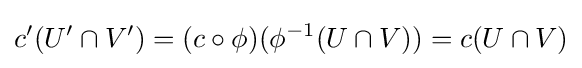
c'(U'\cap V')=(c\circ \phi )(\phi ^{-1}(U\cap V))=c(U\cap V)